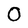
Character: O